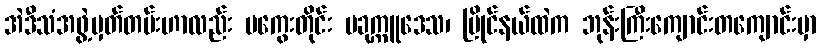
အဲဒီသံအဖွဲ့မှတ်တမ်းဟာလည်း မကွေးတိုင်း ပခုက္ကူဒေသ၊ မြိုင်နယ်ထဲက ဘုန်းကြီးကျောင်းတကျောင်းမှာ